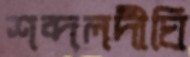
শব্দলদীঘি